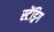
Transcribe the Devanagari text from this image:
स्टेंड्रिग